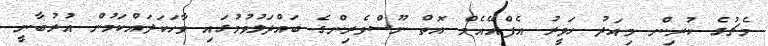
މެޗުގެ ކުރިން މިއަދު ހަވީރު އެފްއޭއެމް އޮތް ނޫސްވެރިންގެ ބައްދަލުވުމުގައި ވާހަކަދައްކަމުން އުރުބާނީ